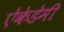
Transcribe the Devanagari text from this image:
ऐकेडेमी